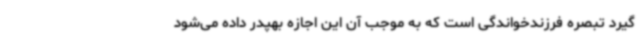
گیرد تبصره فرزندخواندگی است که به موجب آن این اجازه بهپدر داده می‌شود